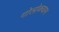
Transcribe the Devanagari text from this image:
गोलोकधाम